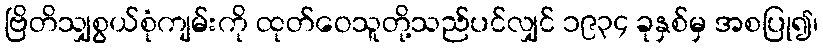
ဗြိတိသျှစွယ်စုံကျမ်းကို ထုတ်ဝေသူတို့သည်ပင်လျှင် ၁၉၃၄ ခုနှစ်မှ အစပြု၍၊